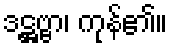
ဒဋ္ဌဗ္ဗာ၊ ကုန်၏။